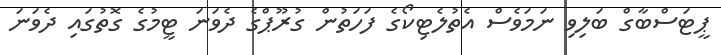
ޕީޓަސްބާގް ބަލިވި ނަމަވެސް އެތުލެޓިކޯގެ ފަހަތުން ގުރޫޕްގެ ދެވަނަ ޓީމުގެ ގޮތުގައި ދެވަނަ